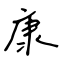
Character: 康